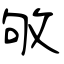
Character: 敂